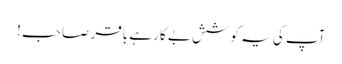
آپ کی یہ کوشش بے کار ہے باقر صاحب !